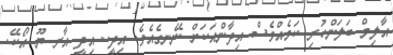
އާލިމް ބަލަންހުރި ކަމެއްވެސް އިދާންއަކަށް ނޭނގެއެވެ. އިދީ.. އިދީ އާރ ޔޫ އޯކޭ.